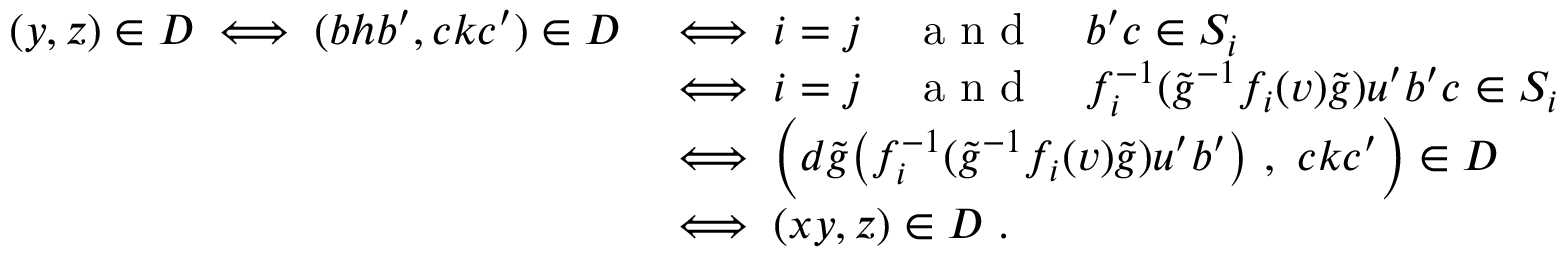
\begin{array} { r l } { ( y , z ) \in D \iff ( b h b ^ { \prime } , c k c ^ { \prime } ) \in D } & { \iff i = j \quad \textup { a n d } \quad b ^ { \prime } c \in S _ { i } } \\ & { \iff i = j \quad \textup { a n d } \quad f _ { i } ^ { - 1 } ( \widetilde { g } ^ { - 1 } f _ { i } ( v ) \widetilde { g } ) u ^ { \prime } b ^ { \prime } c \in S _ { i } } \\ & { \iff \Big ( d \widetilde { g } \big ( f _ { i } ^ { - 1 } ( \widetilde { g } ^ { - 1 } f _ { i } ( v ) \widetilde { g } ) u ^ { \prime } b ^ { \prime } \big ) \ , \ c k c ^ { \prime } \Big ) \in D } \\ & { \iff ( x y , z ) \in D \ . } \end{array}